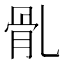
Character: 䯆